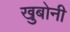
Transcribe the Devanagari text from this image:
खुबोनी